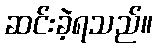
ဆင်းခဲ့ရသည်။